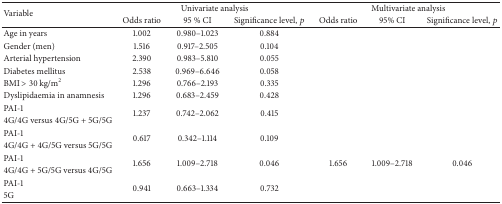
<table><thead><tr><td rowspan="2"><b>Variable</b></td><td colspan="3"><b>Univariate analysis</b></td><td colspan="3"><b>Multivariate analysis</b></td></tr><tr><td><b>Odds ratio</b></td><td><b>95 % CI</b></td><td><b>Significance level, <i>p</i></b></td><td><b>Odds ratio</b></td><td><b>95% CI</b></td><td><b>Significance level, <i>p</i></b></td></tr></thead><tbody><tr><td>Age in years</td><td>1.002</td><td>0.980–1.023</td><td>0.884</td><td> </td><td> </td><td> </td></tr><tr><td>Gender (men)</td><td>1.516</td><td>0.917–2.505</td><td>0.104</td><td> </td><td> </td><td> </td></tr><tr><td>Arterial hypertension</td><td>2.390</td><td>0.983–5.810</td><td>0.055</td><td> </td><td> </td><td> </td></tr><tr><td>Diabetes mellitus </td><td>2.538</td><td>0.969–6.646</td><td>0.058</td><td> </td><td> </td><td> </td></tr><tr><td>BMI &gt; 30 kg/m<sup>2</sup></td><td>1.296</td><td>0.766–2.193</td><td>0.335</td><td> </td><td> </td><td> </td></tr><tr><td>Dyslipidaemia in anamnesis</td><td>1.296</td><td>0.683–2.459</td><td>0.428</td><td> </td><td> </td><td> </td></tr><tr><td>PAI-1</td><td rowspan="2">1.237</td><td rowspan="2">0.742–2.062</td><td rowspan="2">0.415</td></tr><tr><td>4G/4G versus 4G/5G + 5G/5G</td></tr><tr><td>PAI-1 </td><td rowspan="2">0.617</td><td rowspan="2">0.342–1.114</td><td rowspan="2">0.109</td></tr><tr><td>4G/4G + 4G/5G versus 5G/5G</td></tr><tr><td>PAI-1</td><td rowspan="2">1.656</td><td rowspan="2">1.009–2.718</td><td rowspan="2">0.046</td><td rowspan="2">1.656</td><td rowspan="2">1.009–2.718</td><td rowspan="2">0.046</td></tr><tr><td>4G/4G + 5G/5G versus 4G/5G</td></tr><tr><td>PAI-1</td><td rowspan="2">0.941</td><td rowspan="2">0.663–1.334</td><td rowspan="2">0.732</td></tr><tr><td>5G</td></tr></tbody></table>